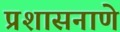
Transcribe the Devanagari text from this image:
प्रशासनाणे